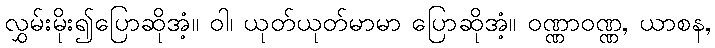
လွှမ်းမိုး၍ပြောဆိုအံ့။ ဝါ၊ ယုတ်ယုတ်မာမာ ပြောဆိုအံ့။ ဝဏ္ဏာဝဏ္ဏ, ယာစန,